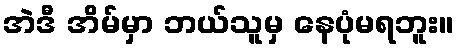
အဲဒီ အိမ်မှာ ဘယ်သူမှ နေပုံမရဘူး။